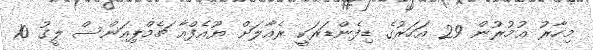
މިހާރު ޢުމުރުން 29 އަހަރުގެ ޑިފެންޑަރަކީ ރެއާލަށް ޔޫއެފްއާ ޗެމްޕިއަންސް ލީގު 10